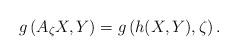
LaTeX: \begin{align*} g\left(A_{\zeta} X,Y\right)=g\left(h(X,Y),\zeta\right).\end{align*}